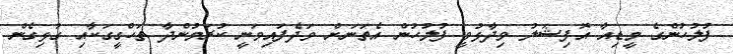
ފުލުހުންގެ މީޑިއާ އޮފިޝަލު ވިދާޅުވީ ފުލުހުން އެތަނަށް ވަދެފައިވަނީ ކުރަމުންދާ ތަހްގީގަކާއި ގުޅިގެން